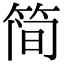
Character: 简